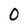
Character: 0